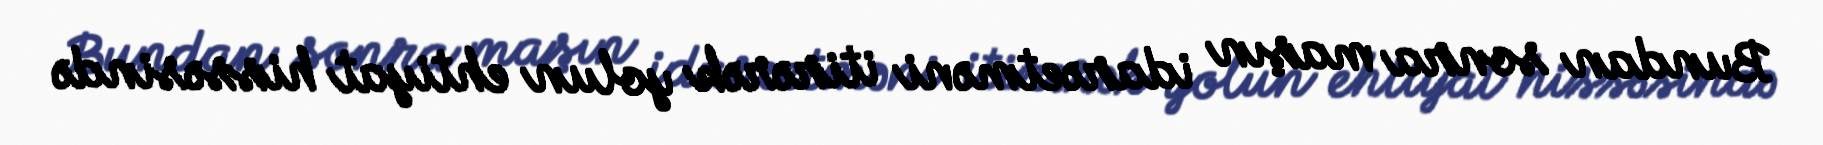
Bundan sonra maşın idarəetməni itirərək yolun ehtiyat hissəsində